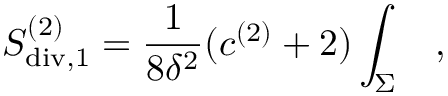
S _ { \mathrm { d i v } , 1 } ^ { ( 2 ) } = { \frac { 1 } { 8 \delta ^ { 2 } } } ( c ^ { ( 2 ) } + 2 ) \int _ { \Sigma } ~ ~ ~ ,